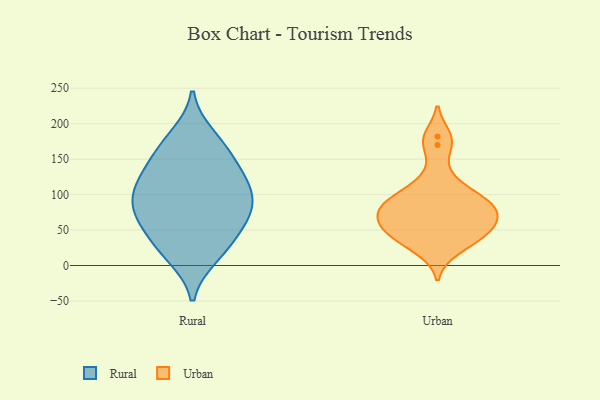
{"axis": {"x": "Population (Million)", "y": "Value"}, "legend": ["Rural", "Urban"], "data": [{"x": "", "y": 137, "type": "Rural"}, {"x": "", "y": 83, "type": "Rural"}, {"x": "", "y": 13, "type": "Rural"}, {"x": "", "y": 20, "type": "Rural"}, {"x": "", "y": 120, "type": "Rural"}, {"x": "", "y": 62, "type": "Rural"}, {"x": "", "y": 116, "type": "Rural"}, {"x": "", "y": 183, "type": "Rural"}, {"x": "", "y": 94, "type": "Rural"}, {"x": "", "y": 32, "type": "Rural"}, {"x": "", "y": 117, "type": "Rural"}, {"x": "", "y": 158, "type": "Rural"}, {"x": "", "y": 57, "type": "Rural"}, {"x": "", "y": 85, "type": "Rural"}, {"x": "", "y": 169, "type": "Rural"}, {"x": "", "y": 73, "type": "Rural"}, {"x": "", "y": 170, "type": "Urban"}, {"x": "", "y": 74, "type": "Urban"}, {"x": "", "y": 124, "type": "Urban"}, {"x": "", "y": 101, "type": "Urban"}, {"x": "", "y": 182, "type": "Urban"}, {"x": "", "y": 71, "type": "Urban"}, {"x": "", "y": 74, "type": "Urban"}, {"x": "", "y": 56, "type": "Urban"}, {"x": "", "y": 32, "type": "Urban"}, {"x": "", "y": 50, "type": "Urban"}, {"x": "", "y": 86, "type": "Urban"}, {"x": "", "y": 91, "type": "Urban"}, {"x": "", "y": 47, "type": "Urban"}, {"x": "", "y": 22, "type": "Urban"}, {"x": "", "y": 91, "type": "Urban"}, {"x": "", "y": 48, "type": "Urban"}]}